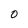
Character: 0